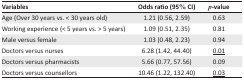
<table><thead><tr><td><b>Variables</b></td><td><b>Odds ratio (95% CI)</b></td><td><b><i>p</i>-value</b></td></tr></thead><tbody><tr><td>Age (Over 30 years vs. &lt; 30 years old)</td><td>1.21 (0.56, 2.59)</td><td>0.63</td></tr><tr><td>Working experience (&lt; 5 years vs. &gt; 5 years)</td><td>1.09 (0.51, 2.35)</td><td>0.81</td></tr><tr><td>Male versus female</td><td>1.03 (0.48, 2.23)</td><td>0.94</td></tr><tr><td>Doctors versus nurses</td><td>6.28 (1.42, 44.40)</td><td><underline>0.01</underline></td></tr><tr><td>Doctors versus pharmacists</td><td>5.66 (0.77, 57.56)</td><td>0.09</td></tr><tr><td>Doctors versus counsellors</td><td>10.46 (1.22, 132.40)</td><td><underline>0.03</underline></td></tr></tbody></table>